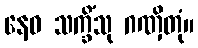
နေဝ သက္ခိံသု ဂဏှိတုံ။